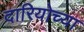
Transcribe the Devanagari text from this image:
दारियोच्या